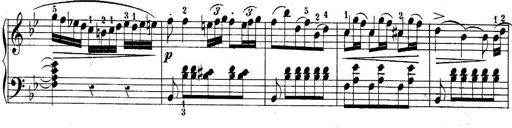
Title: 10 Sonatines progressives
Composer: Anton Schmoll